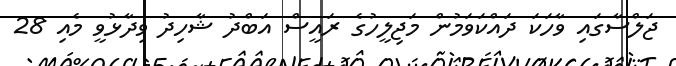
ޖަލްސާގައި ވާހަކަ ދައްކަވަމުން މަޖިލީހުގެ ރައީސް އަބްދު ޝާހިދު ވިދާޅުވީ މެއި 28